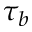
\tau _ { b }